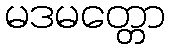
မဒမတ္တော